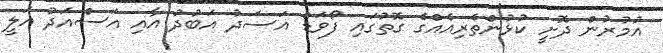
އުމުރުން ދޮށީ ކުޅުންތެރިއެއްގެ ގޮތުގައި ފޯވަޑް އަސަދު އަބުދު އާއި އަސްއަދު އަލީ